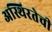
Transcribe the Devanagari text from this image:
अस्थिरतेची